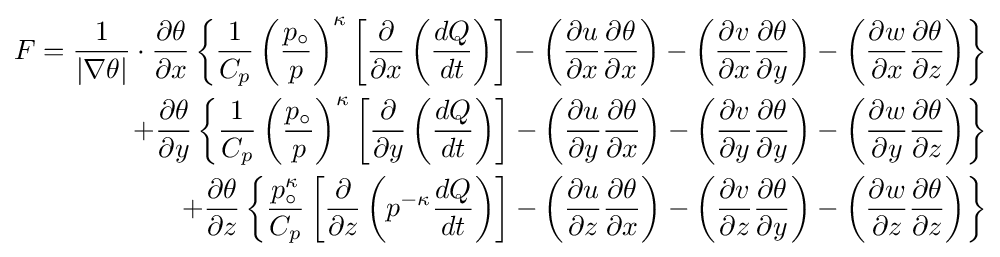
{\begin{alignedat}{3}F={\frac {1}{|\nabla \theta |}}\cdot {\frac {\partial \theta }{\partial x}}\left\{{\frac {1}{C_{p}}}\left({\frac {p_{\circ }}{p}}\right)^{\kappa }\left[{\frac {\partial }{\partial x}}\left({\frac {dQ}{dt}}\right)\right]-\left({\frac {\partial u}{\partial x}}{\frac {\partial \theta }{\partial x}}\right)-\left({\frac {\partial v}{\partial x}}{\frac {\partial \theta }{\partial y}}\right)-\left({\frac {\partial w}{\partial x}}{\frac {\partial \theta }{\partial z}}\right)\right\}\\+{\frac {\partial \theta }{\partial y}}\left\{{\frac {1}{C_{p}}}\left({\frac {p_{\circ }}{p}}\right)^{\kappa }\left[{\frac {\partial }{\partial y}}\left({\frac {dQ}{dt}}\right)\right]-\left({\frac {\partial u}{\partial y}}{\frac {\partial \theta }{\partial x}}\right)-\left({\frac {\partial v}{\partial y}}{\frac {\partial \theta }{\partial y}}\right)-\left({\frac {\partial w}{\partial y}}{\frac {\partial \theta }{\partial z}}\right)\right\}\\+{\frac {\partial \theta }{\partial z}}\left\{{\frac {p_{\circ }^{\kappa }}{C_{p}}}\left[{\frac {\partial }{\partial z}}\left(p^{-\kappa }{\frac {dQ}{dt}}\right)\right]-\left({\frac {\partial u}{\partial z}}{\frac {\partial \theta }{\partial x}}\right)-\left({\frac {\partial v}{\partial z}}{\frac {\partial \theta }{\partial y}}\right)-\left({\frac {\partial w}{\partial z}}{\frac {\partial \theta }{\partial z}}\right)\right\}\end{alignedat}}